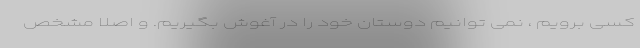
کسی برویم ، نمی توانیم دوستان خود را در آغوش بگیریم. و اصلاً مشخص